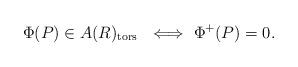
LaTeX: \begin{align*}\Phi(P)\in A(R)_{\textup{tors}}\ \ \Longleftrightarrow \ \Phi^+(P)=0.\end{align*}